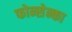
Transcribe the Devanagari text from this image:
फोन्सेन्का